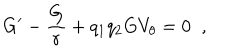
G ^ { \prime } - \frac { G } { r } + q _ { 1 } q _ { 2 } G V _ { \theta } = 0 \; \; ,